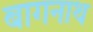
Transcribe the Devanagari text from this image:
बागनाथ